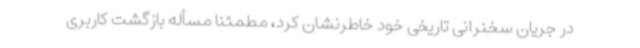
در جریان سخنرانی تاریخی خود خاطرنشان کرد، مطمئناً مسأله بازگشت کاربری